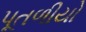
પૂતળીયો